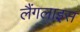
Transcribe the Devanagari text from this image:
लैंगलाइस